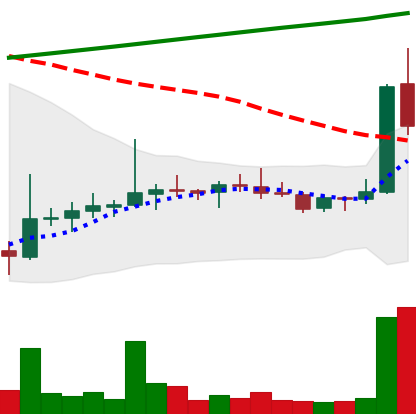
Ticker: DOGE-USD
Chart end date: 2021-08-08
Forward return: 19.481%
Label: up_7plus